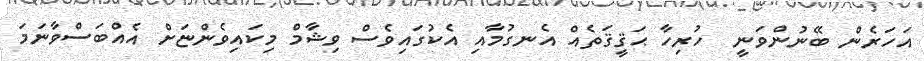
އަހަރެން ބޭނުންވަނީ  ހުރިހާ ޙަޤީޤަތެއް އެނގުމާއި އެކުގައިވެސް ވިޝާމް މިކައިވެންޏަށް އެއްބަސްވާނަމަ